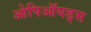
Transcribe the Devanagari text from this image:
ओपिऑयड्स